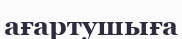
ағартушыға